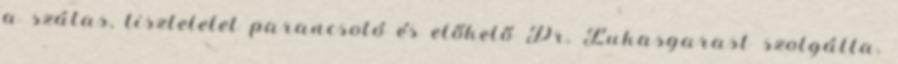
a szálas, tiszteletet parancsoló és előkelő Dr. Lukasgarast szolgálta.